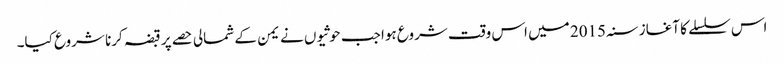
اس سلسلے کا آغاز سنہ 2015 میں اس وقت شروع ہوا جب حوثیوں نے یمن کے شمالی حصے پر قبضہ کرنا شروع کیا۔